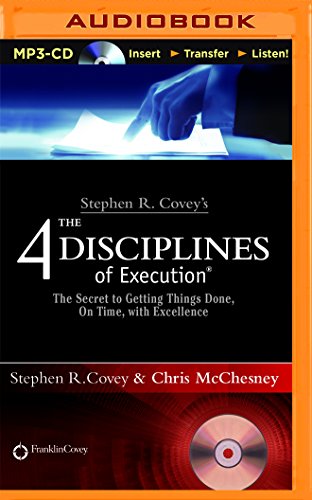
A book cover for Stephen R. Covey's The 4 Disciplines of Execution: The Secret To Getting Things Done, On Time, With Excellence - Live Performance; Stephen R. Covey; Self-Help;